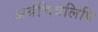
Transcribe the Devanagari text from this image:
अर्धचित्रलिपि